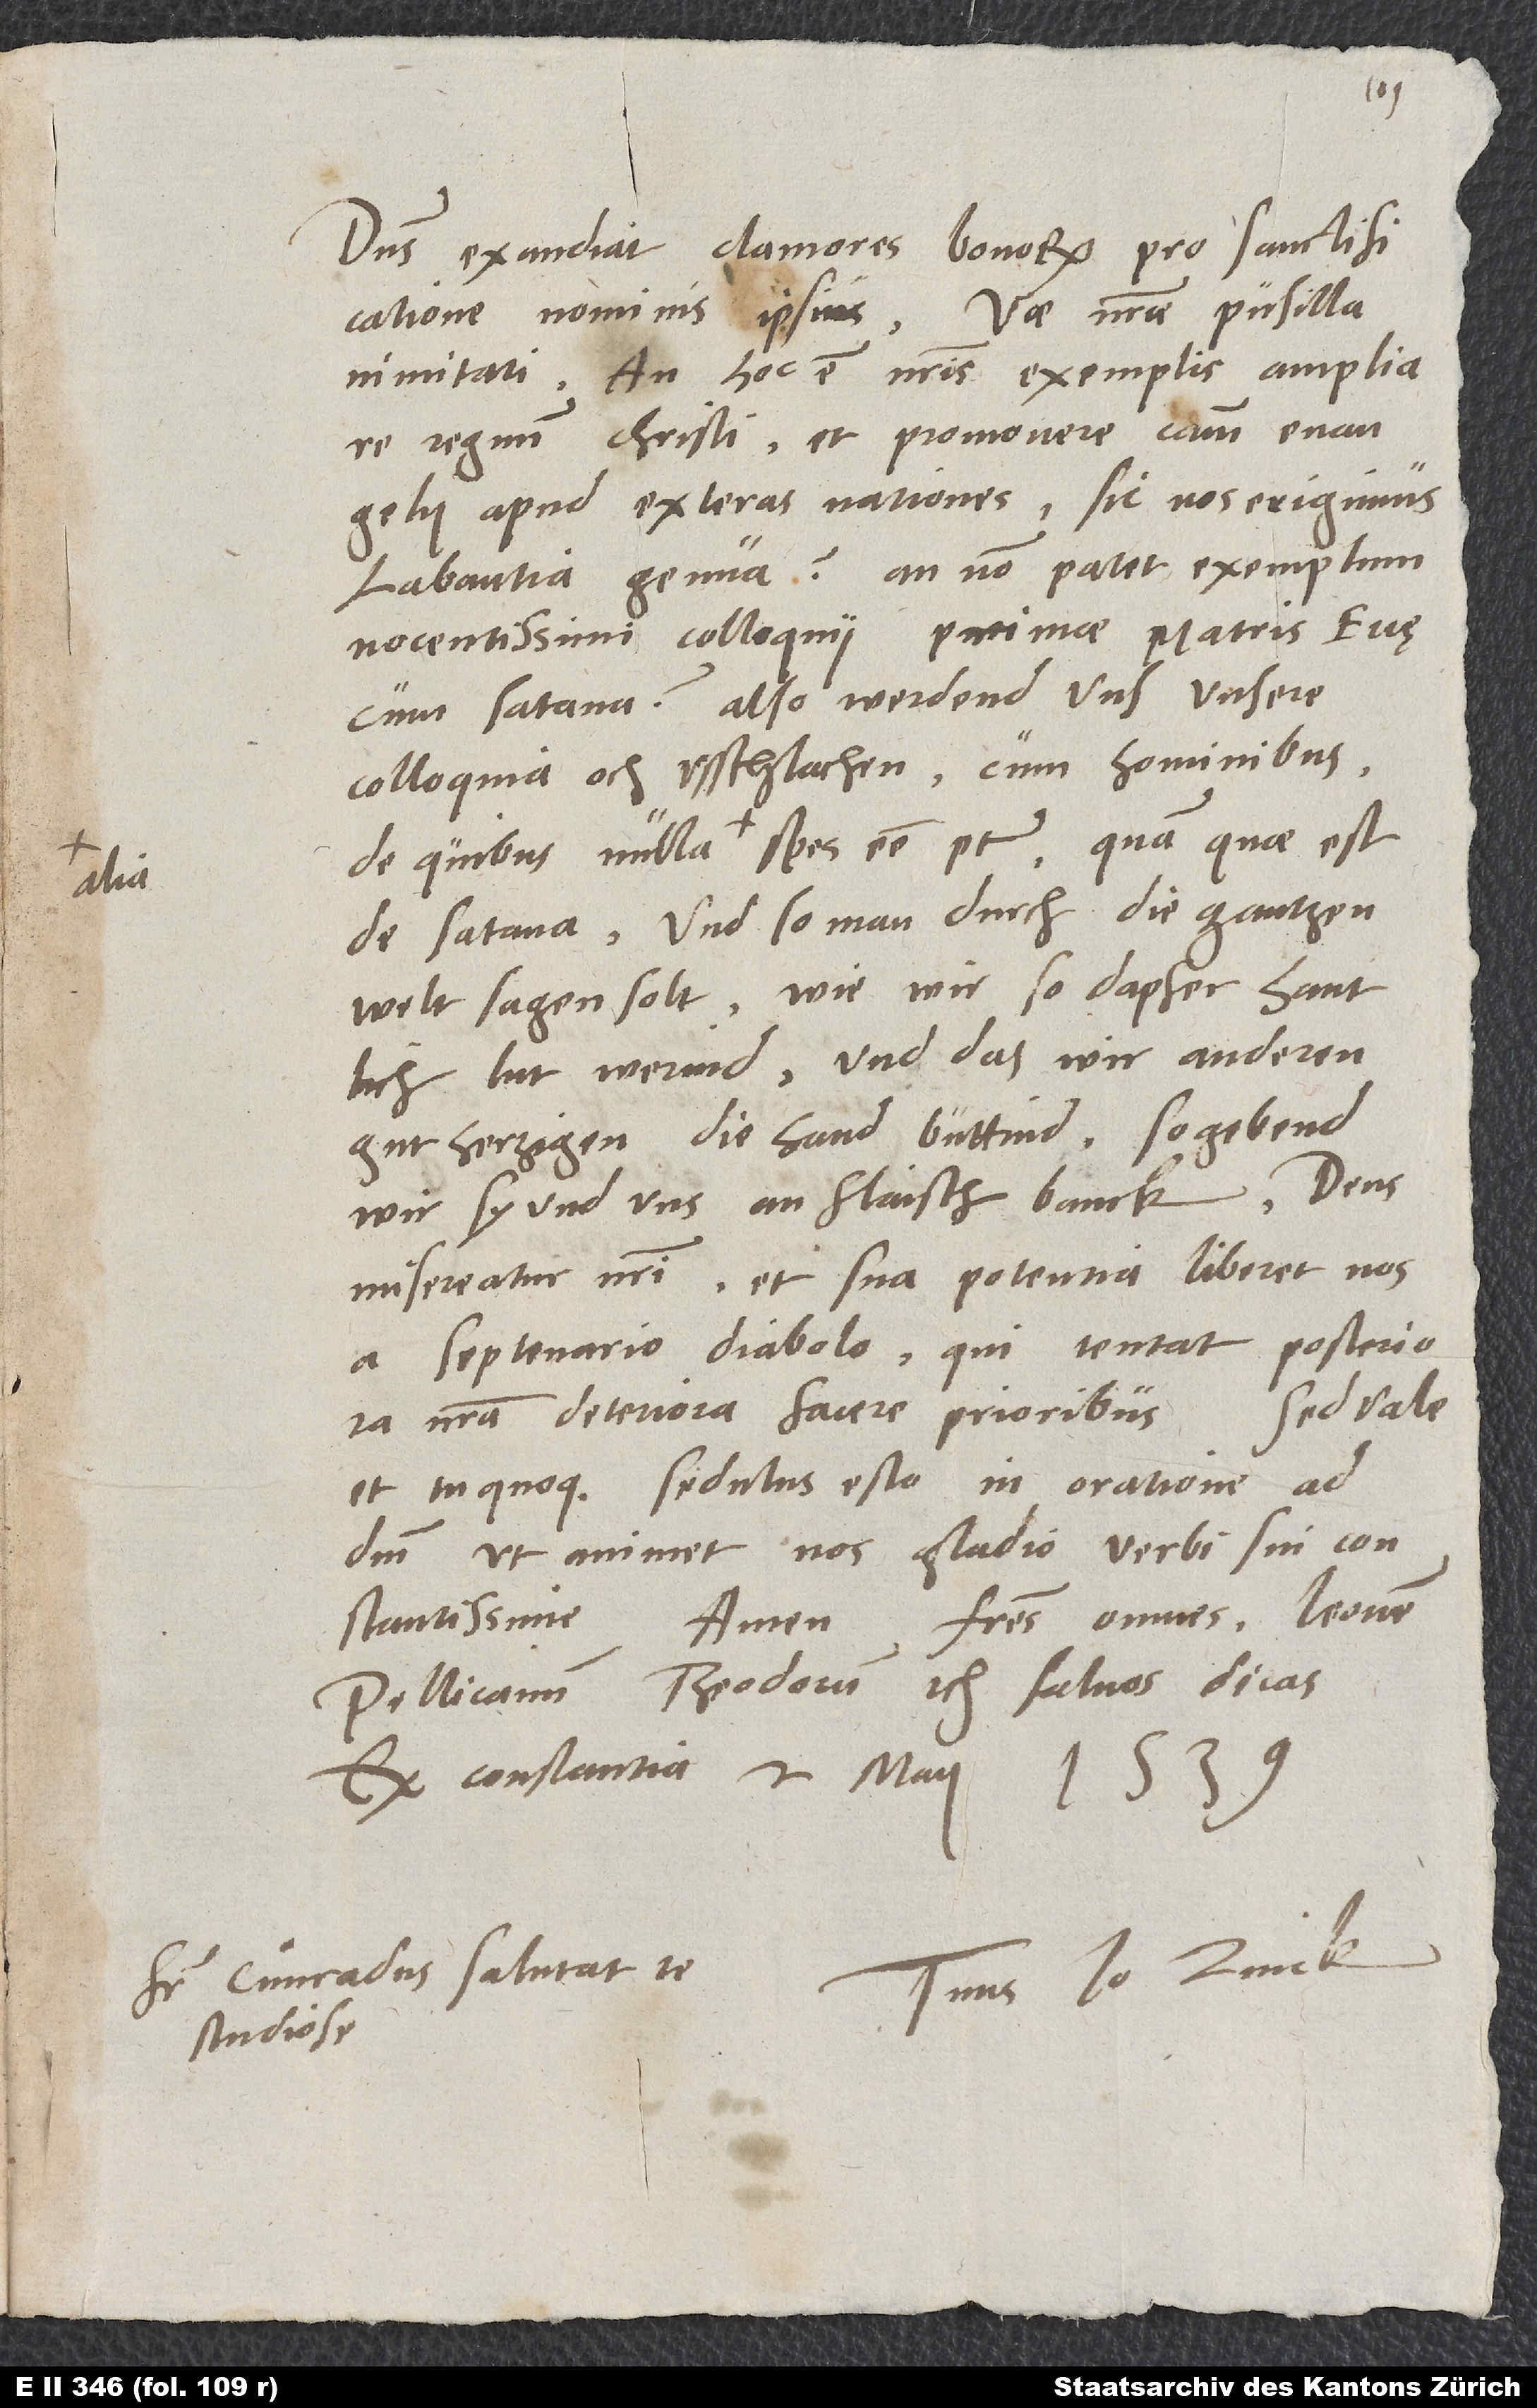
Dominus exaudiat clamores bonorum pro sanctificatione
An hoc est nostris exemplis ampliare
regnum Christi et promovere causam evangelii
labantia genua? An non patet exemplum
nocentissimi colloquii primae matris Evę
cum satana? Also werdend uns unsere
colloquia och usschlachen cum hominibus,
de quibus nulla alia spes esse potest, quam quae est
de satana. Und so man durch die gantzen
welt sagen solt, wie wir so dapfer, hantlich
lut werind und das wir anderen
gutherzigen die hand bütind, so gebend
wir sy und uns an flaisch banck. Deus
misereatur nostri et sua potentia liberet nos
a septenario diabolo, qui tentat posteriora
nostra deteriora facere prioribus.
et tu quoque sedulus esto in oratione ad
dominum, ut animet nos gladio verbi sui
constantissime. Amen. Fratres omnes, Leonem,
Pellicanum, Theodorum etc. salvos dicas.
Ex Constantia, 2. maii 1539.
studiose.